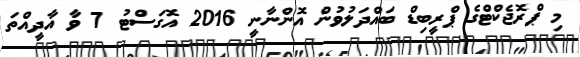
މި ޕްރޮޖެކްޓްގެ ޕްރީބިޑް ބައްދަލުވުން އޮންނާނީ 2016 އޮގަސްޓު 7 ވާ އާދީއްތަ